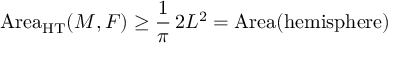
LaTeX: \operatorname { A r e a } _ { \mathrm { H T } } ( M , F ) \geq { \frac { 1 } { \pi } } \, 2 L ^ { 2 } = \operatorname { A r e a } ( { \mathrm { h e m i s p h e r e } } )